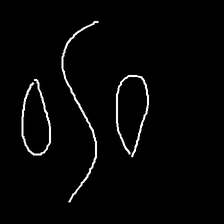
Glyph: water